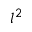
l ^ { 2 }